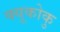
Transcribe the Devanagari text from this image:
क्यूकोकु